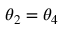
\theta _ { 2 } = \theta _ { 4 }